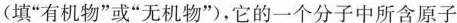
(填”有机物”或”无机物”)，它的一个分子中所含原子